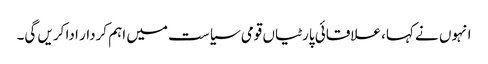
انہوں نے کہا، علاقائی پارٹیاں قومی سیاست میں اہم کردار ادا کریں گی۔